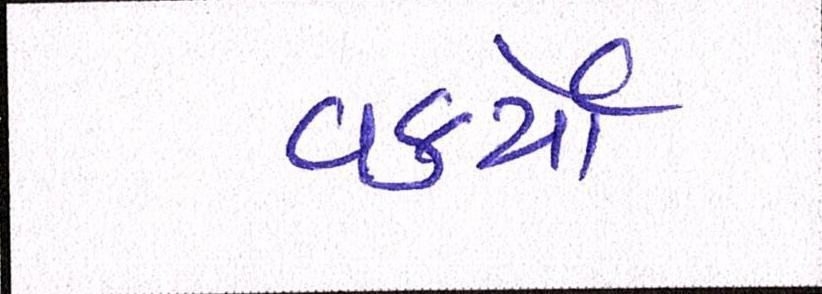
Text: વકર્યો